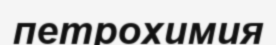
петрохимия